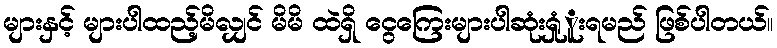
များနှင့် များပါထည့်မိလျှင် မိမိ ထဲရှိ ငွေကြေးများပါဆုံးရှုူံးရမည် ဖြစ်ပါတယ်။